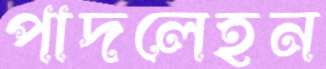
পাদলেহন